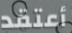
أعتقد